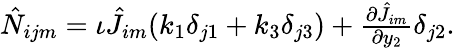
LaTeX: \begin{array}{r}{\hat{N}_{ijm}=\iota\hat{J}_{im}(k_{1}\delta_{j1}+k_{3}\delta_{j3})+\frac{\partial\hat{J}_{im}}{\partial y_{2}}\delta_{j2}.}\end{array}